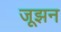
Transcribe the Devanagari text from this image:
जूझन